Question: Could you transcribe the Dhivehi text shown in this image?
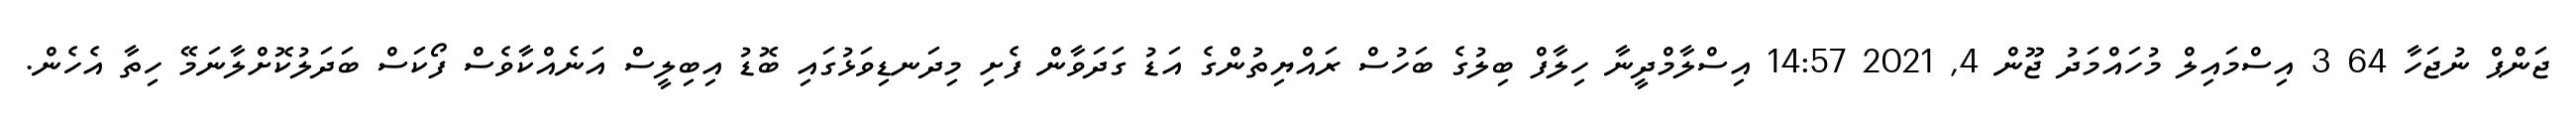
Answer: ޖަންޕް ނުޖަހާ 64 3 އިސްމައިލް މުހައްމަދު ޖޫން 4, 2021 14:57 އިސްލާމްދީނާ ހިލާފް ބިލުގެ ބަހުސް ރައްޔިތުންގެ އަޑު ގަދަވާން ފެށި މިދަނޑިވަޅުގައި ބޮޑު އިބިލީސް އަނެއްކާވެސް ފޯކަސް ބަދަލުކޮށްލާނަމޭ ހިތާ އެހެން.